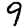
Digit: 9